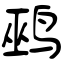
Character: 鹀